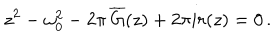
LaTeX: z ^ { 2 } - \omega _ { 0 } ^ { 2 } - 2 \pi \, \overline { { { G } } } ( z ) + 2 \pi i r ( z ) = 0 \, .